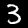
Digit: 3